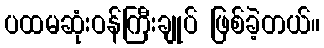
ပထမဆုံးဝန်ကြီးချုပ် ဖြစ်ခဲ့တယ်။